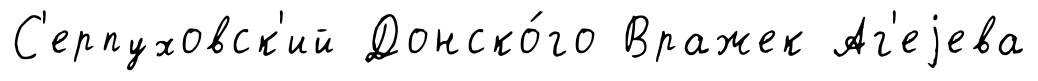
С'ерпуховск'ий Донско́го Вражек Аг'еjева